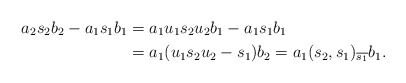
\begin{align*}a_2s_2b_2-a_1s_1b_1&=a_1u_1s_2u_2b_1-a_1s_1b_1\\&=a_1(u_1s_2u_2-s_1)b_2=a_1(s_2,s_1)_{\overline{s_1}}b_1.\end{align*}